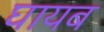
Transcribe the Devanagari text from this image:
घायब